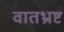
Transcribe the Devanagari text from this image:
वातभ्रष्ट